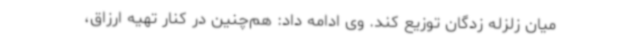
میان زلزله زدگان توزیع کند. وی ادامه داد: هم‌چنین در کنار تهیه ارزاق،